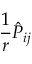
\frac { 1 } { r } \hat { P } _ { i j }